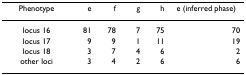
| Phenotype | e | f | g | h | e (inferred phase) |
 | --- | --- | --- | --- | --- | --- |
 | locus 16 | 81 | 78 | 7 | 75 | 70 |
 | locus 17 | 9 | 9 | 1 | 11 | 19 |
 | locus 18 | 3 | 7 | 4 | 6 | 2 |
 | other loci | 3 | 4 | 2 | 6 | 6 |